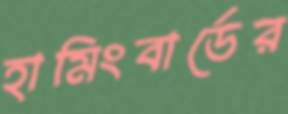
হামিংবার্ডের